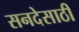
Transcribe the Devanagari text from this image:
सनदेसाठी